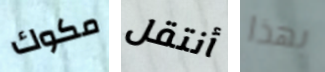
مكوك أنتقل بهذا